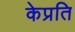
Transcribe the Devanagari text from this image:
केप्रति